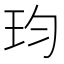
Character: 𪻎